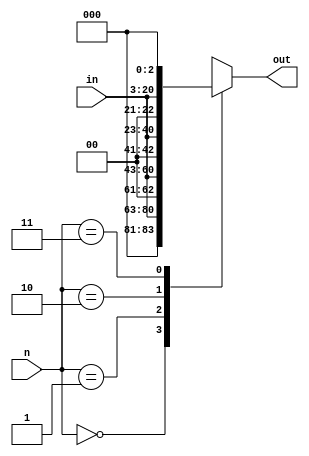
module CombShifter(
    input [17:0] in, 
    input [1:0] n, 
    output reg [20:0] out
);
    always @(*) begin
        case(n)
            2'b00: out = {3'b000, in};
            2'b01: out = {2'b00, in, 1'b0};
            2'b10: out = {1'b0, in, 2'b00};
            2'b11: out = {in, 3'b000};
            default: out = {3'b000, in};
        endcase
    end

endmodule